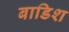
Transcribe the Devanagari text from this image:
बाडिश